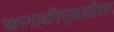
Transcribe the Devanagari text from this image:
कानाकोपर्‍यातील